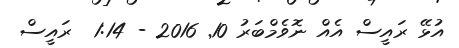
އުޅޭ ރައީސް އެއް ނޮވެމްބަރު 10